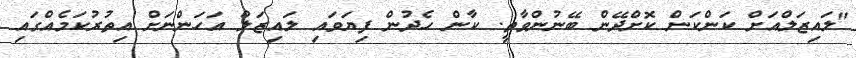
"ލައިޒަލްއަށް ކަންކަން ކޮށްދޭން ބޭނުންވާތީ. ކާން ހެދުން ފިޔަވައި ލައިޒަލް އަހަންނަށް އިތުރުކަމެއްގައި